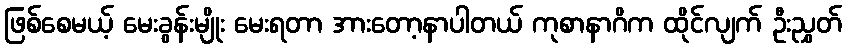
ဖြစ်စေမယ့် မေးခွန်းမျိုး မေးရတာ အားတော့နာပါတယ် ကုစာနာဂိက ထိုင်လျက် ဦးညွှတ်